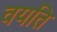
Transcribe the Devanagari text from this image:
वयति